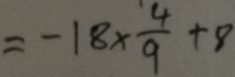
= - 1 8 \times \frac { 4 } { 9 } + 8